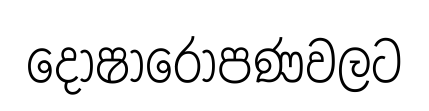
දෝෂාරෝපණවලට